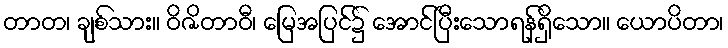
တာတ၊ ချစ်သား။ ဝိဇိတာဝီ၊ မြေအပြင်၌ အောင်ပြီးသောရန်ရှိသော။ ယောပိတာ၊